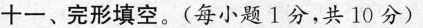
十一、完形填空.(每小题1分,共 10分)